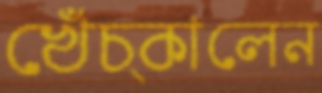
খেঁচ্‌কালেন